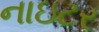
નાઇટર